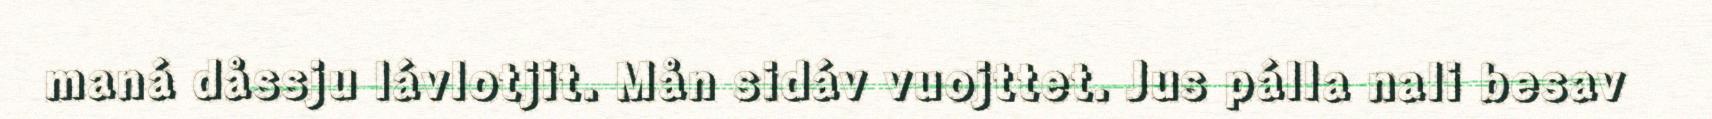
maná dåssju lávlotjit. Mån sidáv vuojttet. Jus pálla nali besav